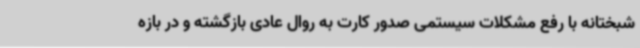
شبختانه با رفع مشکلات سیستمی صدور کارت به روال عادی بازگشته و در بازه